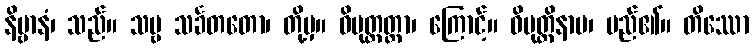
နိဗ္ဗာနံ၊ သည်။ သဗ္ဗ သင်္ခတတော၊ တို့မှ။ ဝိမုတ္တတ္တာ၊ ကြောင့်။ ဝိမုတ္တိနာမ၊ မည်၏။ တိဿော